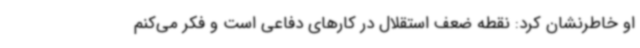
او خاطرنشان کرد: نقطه ضعف استقلال در کارهای دفاعی است و فکر می‌کنم